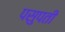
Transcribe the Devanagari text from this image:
पसुपती